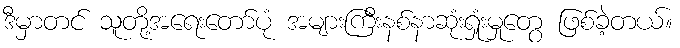
ဒီမှာတင် သူတို့အရေးတော်ပုံ အများကြီးနစ်နာဆုံးရှုံးမှုတွေ ဖြစ်ခဲ့တယ်။